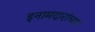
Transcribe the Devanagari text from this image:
इनामदारांच्या